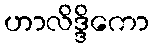
ဟာလိဒ္ဒိကော